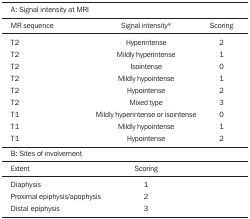
<table><thead><tr><td><b>A: Signal intensity at MRI</b></td><td><b> </b></td><td><b> </b></td></tr><tr><td><b>MR sequence</b></td><td><b>Signal intensity*</b></td><td><b>Scoring</b></td></tr></thead><tbody><tr><td>T2</td><td>Hyperintense</td><td>2</td></tr><tr><td>T2</td><td>Mildly hyperintense</td><td>1</td></tr><tr><td>T2</td><td>Isointense</td><td>0</td></tr><tr><td>T2</td><td>Mildly hypointense</td><td>1</td></tr><tr><td>T2</td><td>Hypointense</td><td>2</td></tr><tr><td>T2</td><td>Mixed type</td><td>3</td></tr><tr><td>T1</td><td>Mildly hyperintense orisointense</td><td>0</td></tr><tr><td>T1</td><td>Mildly hypointense</td><td>1</td></tr><tr><td>T1</td><td>Hypointense</td><td>2</td></tr><tr><td>B: Sites of involvement</td><td> </td><td> </td></tr><tr><td>Extent</td><td>Scoring</td><td> </td></tr><tr><td>Diaphysis</td><td>1</td><td> </td></tr><tr><td>Proximal epiphysis/apophysis</td><td>2</td><td> </td></tr><tr><td>Distal epiphysis</td><td>3</td><td> </td></tr></tbody></table>